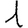
Digit: 1